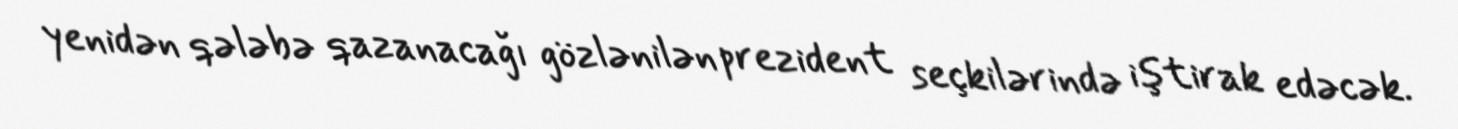
yenidən qələbə qazanacağı gözlənilən prezident seçkilərində iştirak edəcək.